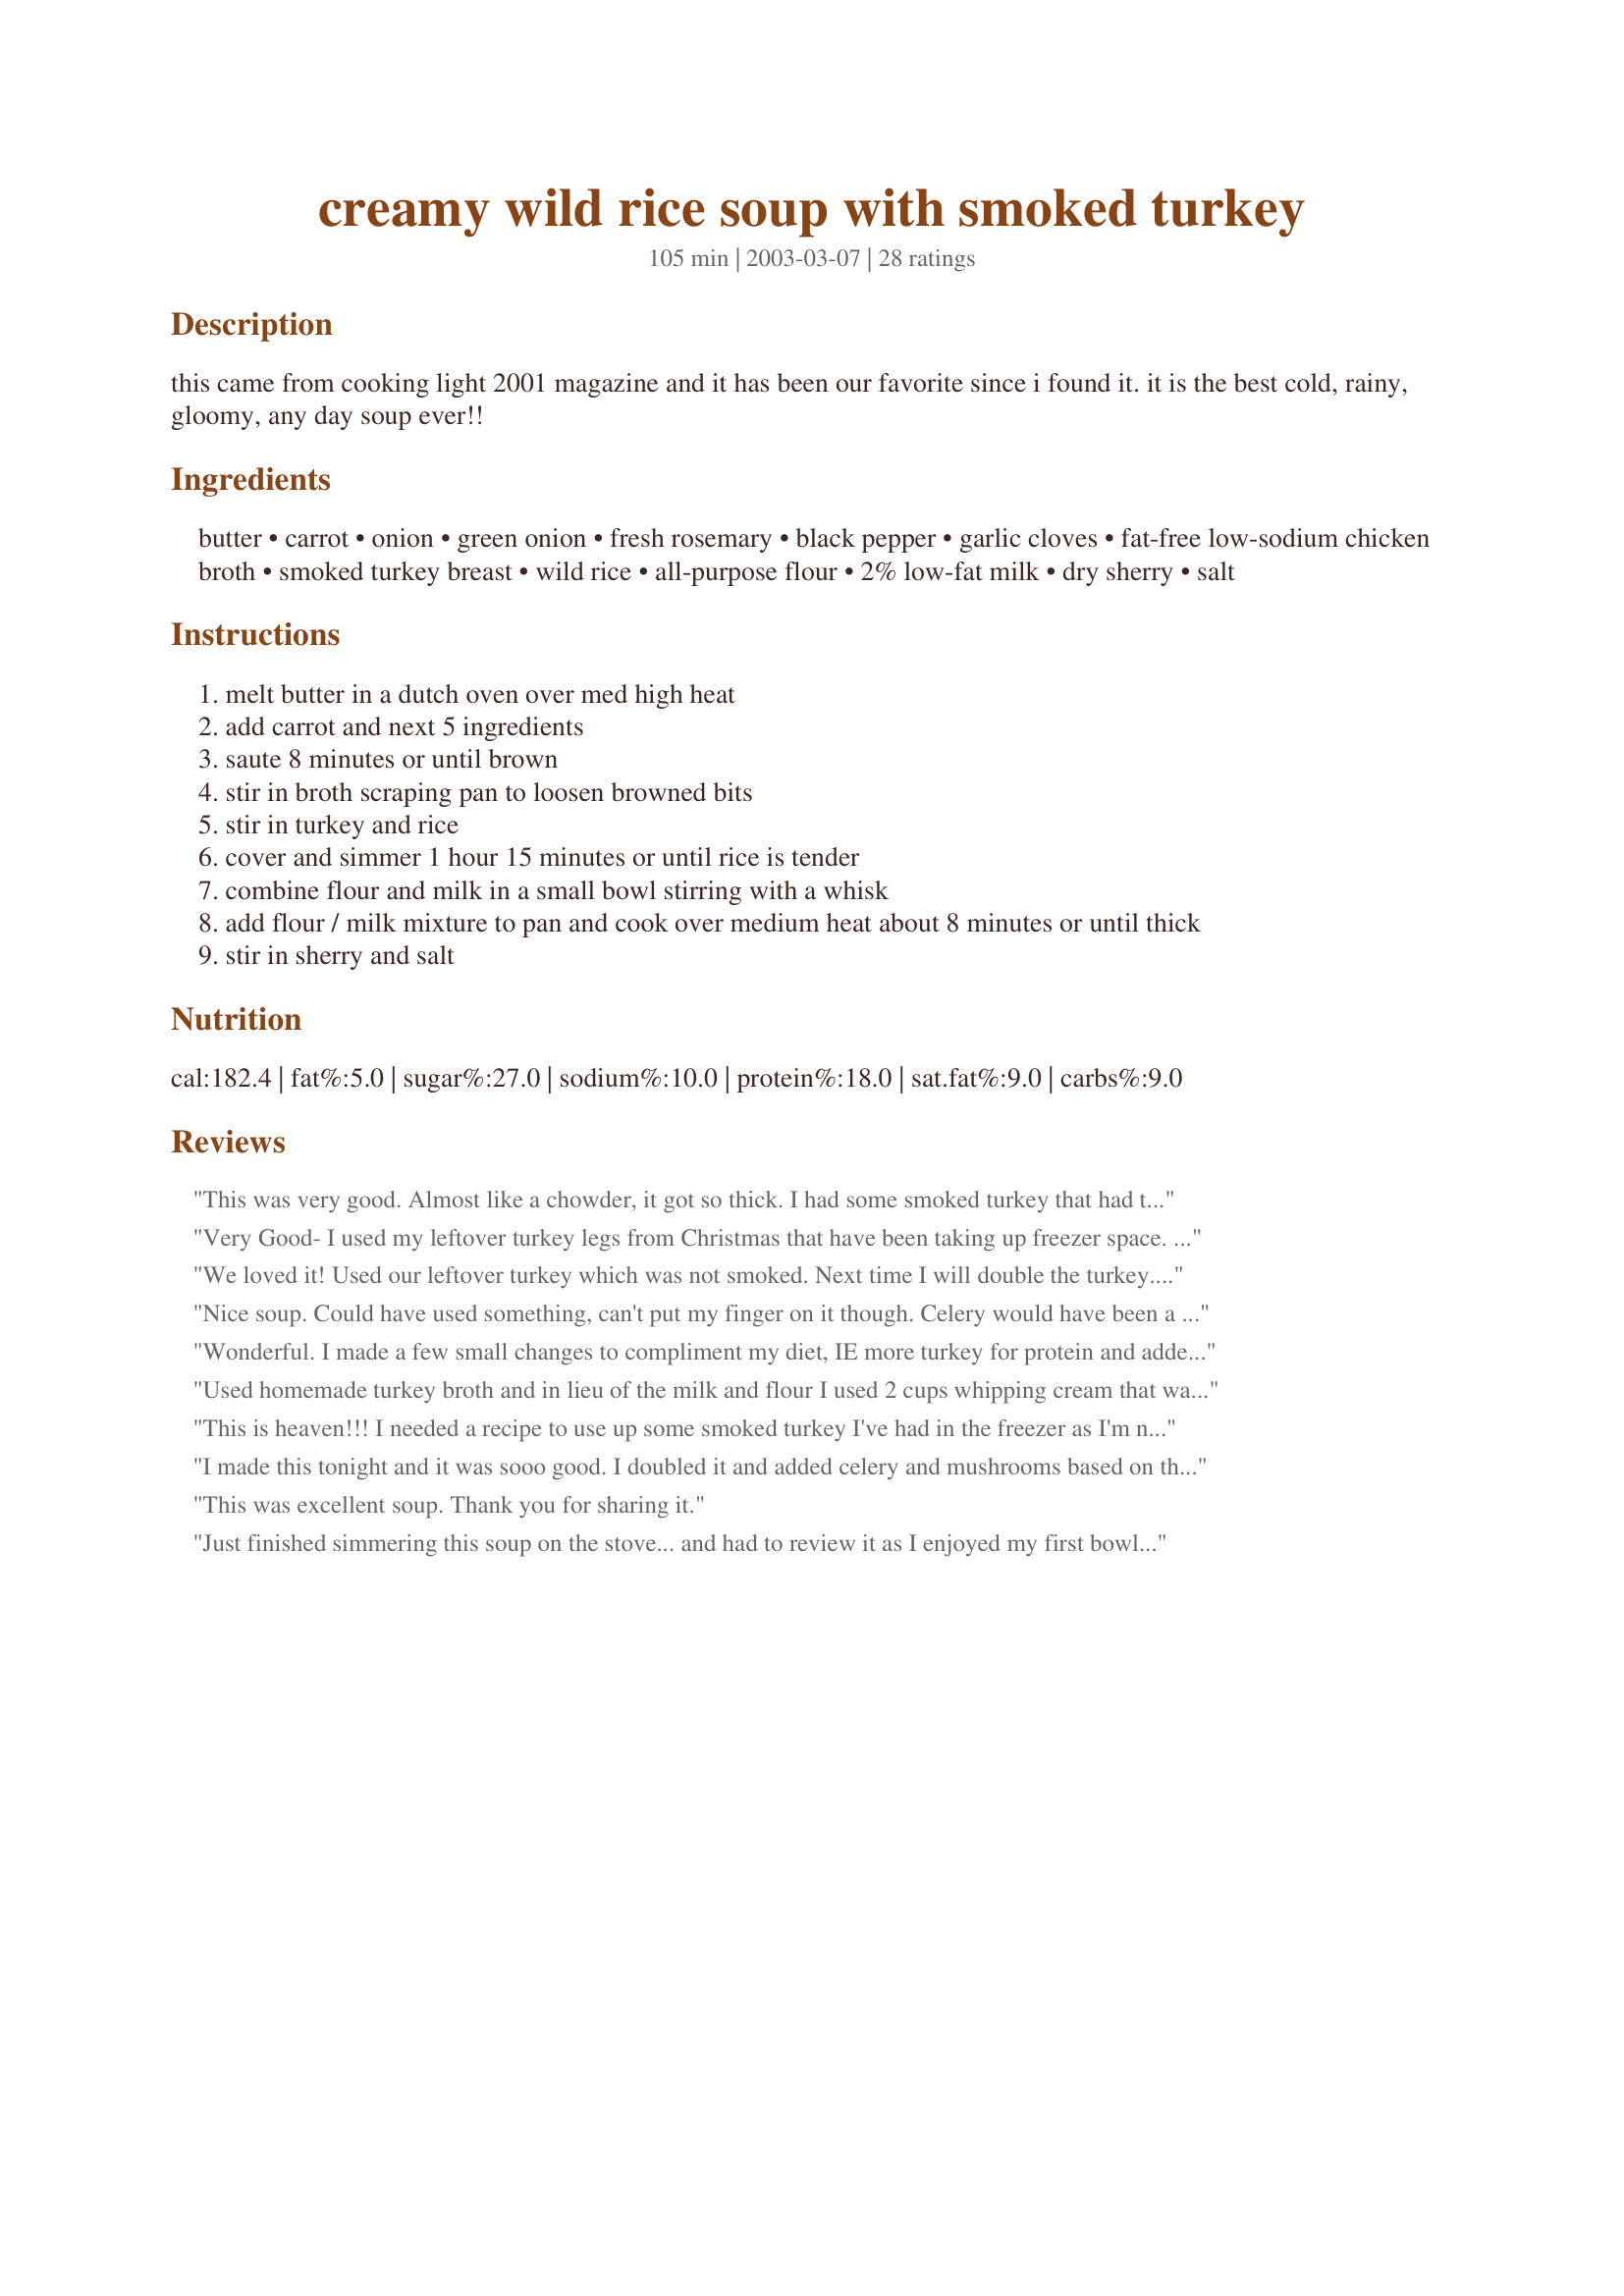
creamy wild rice soup with smoked turkey
Preparation time: 105 minutes

this came from cooking light 2001 magazine and it has been our favorite since i found it. it is the best cold, rainy, gloomy, any day soup ever!!

Ingredients:
butter, carrot, onion, green onion, fresh rosemary, black pepper, garlic cloves, fat-free low-sodium chicken broth, smoked turkey breast, wild rice, all-purpose flour, 2% low-fat milk, dry sherry, salt

Steps:
melt butter in a dutch oven over med high heat
add carrot and next 5 ingredients
saute 8 minutes or until brown
stir in broth scraping pan to loosen browned bits
stir in turkey and rice
cover and simmer 1 hour 15 minutes or until rice is tender
combine flour and milk in a small bowl stirring with a whisk
add flour / milk mixture to pan and cook over medium heat about 8 minutes or until thick
stir in sherry and salt

Reviews:
This was very good. Almost like a chowder, it got so thick. I had some smoked turkey that had to be used up and I chose this recipe. I didn't have a full cup of wild rice so, filled it the rest of the way with brown rice and it was perfect. I also used smoked turkey broth that I made and the flavor was so smokey and very good. Thank you so much for sharing this recipe with us, we loved and and I put it in my folder of recipes for smoked meats. Yummy, 5 star recipe all the way.
Very Good- I used my leftover turkey legs from Christmas that have been taking up freezer space. I didn't have onions, so added sugar snap peas, and it worked out ok. Added a little color. I used 1/2 cup wild rice and 1/2 cup brown rice. And I grated the carrots so nobody could pick them out!
We loved it! Used our leftover turkey which was not smoked. Next time I will double the turkey. I had no onions so I added celery and brocolli. This is a keeper!
Nice soup. Could have used something, can't put my finger on it though. Celery would have been a good addition! Was not crazy about the rosemary. Great soup for a yucky, rainy, cold day! Thanks for sharing!
Wonderful. I made a few small changes to compliment my diet, IE more turkey for protein and added 2 cups extra water with corresponding bouillon to make it more "soupy." I also did not use the flour. Don't skip the sherry here...it adds the extra kick!
Used homemade turkey broth and in lieu of the milk and flour I used 2 cups whipping cream that was sooo close to expiring plus some milk with some flour. Left the pot on to keep warm and the wild rice behaved just like barley absorbing all the liquid but still very good
This is heaven!!! I needed a recipe to use up some smoked turkey I've had in the freezer as I'm not particularly fond of it. It was perfect in this soup!! I will definately be making this again.
I made this tonight and it was sooo good. I doubled it and added celery and mushrooms based on the other reviews. Other than that I followed the recipe. You won't be disappointed folks. I made many chicken rice soups and turkey rice soups. They don't compare to this one. Thanks for the recipe!
This was excellent soup. Thank you for sharing it.
Just finished simmering this soup on the stove... and had to review it as I enjoyed my first bowl! Yes, I said my first because it is sooooo yummy that I will definately have to have another one! Very rich and creamy, as another reviewer said, but not at all heavy in taste or texture. I did not have any green onions on hand so I used some celery instead. I also used some wild rice that I had in the freezer and it turned out well. This is a must try recipe with all that leftover Thanksgiving turkey we all have right now. So different from a typical soup or stew, but yet it is just so comforting!!!
Used left over turkey from Thanksgiving and Rice A Roni (and seasoning packet) to simplify. Huge hit! All of my kids loved it too! Thank you for this keeper!!
This is such a great soup! I can just about garuntee we will make it again. We took out the milk and just put in more chicken broth (we wanted it to last longer without spoiling) and it was amazing! We used brown rice to add fibre and a couple of minor substitutions still resulted in fabulous soup! Thanks!
I have been making this soup for years now - it's in 2001 annual Cooking Light recipe book. I don't think I have ever made it with smoked turkey, just leftover home cooked turkey. I have used a brown and wild rice blend. We always add the sherry! Nice to know this is here, easy to share with frinds now.
Great dish. I added some celery. My family really enjoyed it! Thanks.
Very good! Added celery, mushrooms, wild rice and brown rice, and a chunk of smoked turkey from the deli that I cubed. Cooked it all in the crockpot. Cooked all day and added the milk mixture and sherry at the end. Everyone loved it! Smelled wonderful and tasted great with a little toasted rye bread! Had to add more sherry and even then couldn't really taste it, but was still very delicious.
Wow!!! OMG!!! This soup was amazing!!! I made a few changes... no green onions or rosemary (personal disregard for the two), and used canned cubed turkey and leftover wild rice. The biggest change I made was to use plain soy milk instead of milk and of course it was slightly sweeter but that was perfectly offset by a little extra salt and pepper at the end. I will definitely make this again - it was sooooo easy!
YUM!!! We just had this tonight - so good!
Oh, this is soooo good!! It's creamy, but not heavy at all, nice and light!

First off, my apologies to the recipe author for fiddling with the ingredients, including one main ingredient which is in the recipe name---I had leftover turkey from Thanksgiving dinner, but we didn't have a smoked turkey, just a regularly roasted bird. Next time I will try the recipe with either smoked turkey, or I think smoked duck breast sounds incredible.
Thank you for posting, Pie!

I added a bay leaf to step #1 and I thought mushrooms would go well in this, so in they went (also at step #1).
Instead of chicken broth, I used homemade turkey stock, which I'd made from recipe #24576, Rescued Turkey Stock.

Other than those changes, I remained true to the original ingredient list, so as to be able to give a fair review.

I will make this again and again! I chose it because I remembered having a Cream of Wild Rice Soup, with either chicken or turkey, in a restaurant some time ago, and it left such an impression, I was looking to recreate the feeling. There are white caps on Lake Washington today, it's a blustery, wet day, and this soup is a perfect remedy! I will post updated reviews when I try making the recipe with smoked turkey or duck.
UPDATE: I've made this a ton of times - using "Rescued Turkey Stock" from this site. I do think that all of the milk dilutes the great flavor of the 'real' turkey stock - so next time will REDUCE the milk / flour mixture. Also, one time used THYME instead of Rosemary. Rosemary by far is better in this soup. Also added celery to both recipes. GO for the rosemary. YUM. Good for the first snow of the season....
This soup is fabulous. We smoked a turkey for thanksgiving &amp; I used the leftover turkey to make this soup. Everyone that tried it loved it!
Awesome! It was snowing and cold today and I was on the search for a good soup recipe...and boy did I find it! I didn't have smoked turkey (but really want to try it that way soon) so I used some chicken breast. I had company over for dinner and served it with warm beer bread and it was perfect! Very simple preparation and the flavors are great. A must try recipe!
This soup is fantastic! A keeper for sure! I used up leftover turkey from the freezer. I also used already cooked wild rice, and just used less broth (not sure I just eyeballed it). I also doubled the pepper, but I just like pepper. Thanks for this great recipe!
This was a great soup!! It was so good and I'm sure we'll be making this again, especially for OAMC. Our first batch held up great in the freezer. I took someone's advice and added a bunch of extra veggies I had left over in the freezer from a Christmas veggie tray. This recipe is really good for right after the holidays with all the leftovers. I added celery, a little broccoli, some red peppers, and mushrooms. The sherry in this recipe really does give it that extra boost, even though all I had in my pantry was the icky cooking sherry. I also used frozen turkey stock instead, and that was REALLY good...Thanks for the recipe!!
 I made this with leftovers from a turkey that I smoked. Very good. I did end up adding more broth to suit me. Over all I'd make it again.
I made this tonight using the leftover turkey from Thanksgiving and the saved turkey broth after I scraped off the oil and fat that surfaced and hardened. What I did was saute a yellow onion, 5 cloves of garlic, green onion, about 2 cups of mushrooms in butter until just getting browned and threw it all in the crock pot. In the pot was 2 cups of water, 2 cups of instant chicken broth, 5 carrots, and 4 celery stalks, 3 bay leaves, the rosemary and 1 tbs. of dry parsley. I then added 1/2 cup of wild rice and 1/2 cup of basmati white rice. An unexpected twist I did was when I poured water into the pan I sauteed in to loosen up the bits to clean...I noticed it made a wonderful broth that smelled of mushrooms and garlic...so I poured it right into the soup which made it soooooooo good!!! I then used 2 cups of heavy whipping cream with about 2/3 cup of flour over medium heat until thick...poured that in and then the dry sherry, salt, and pepper, and last I used about 2 tsp. of cornstarch and water, mixed that up and threw that in. The soup is so good!!!!!!!!!! It's the best soup I have ever made...thanks!!!!:D
This soup was excellent. My whole family enjoyed it, and with two picky teenagers, that doesn't often happen. The dry sherry really added depth to the flavor, so don't leave it out. I doubled the recipe and froze the leftovers, which I plan to serve at a holiday dinner party.
It was a very good soup! I added a frozen bag of soup vegetables to bump up the veggies and thus the nutritional value. It was a hit with my family.
This soup was excellent! I used Rescued Turkey Stock (#24576) as the base and added mushrooms and bay leaves. Very rich taste that is heart warming and nicely filling on a cold day. I will absolutely make this again! Now I can't wait for that leftover turkey carcass - I now know what to do with it!
